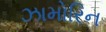
ઝામોરિન